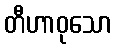
တီဟာဝုသော